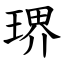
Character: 琾